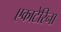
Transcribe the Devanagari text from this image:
एकाटेरिना